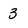
Character: 3